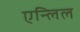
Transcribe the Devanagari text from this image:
एन्लिल